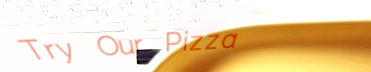
Try Our Pizza